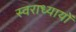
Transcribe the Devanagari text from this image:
स्वराध्यायों